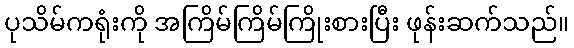
ပုသိမ်ကရုံးကို အကြိမ်ကြိမ်ကြိုးစားပြီး ဖုန်းဆက်သည်။